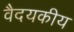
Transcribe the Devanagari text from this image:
वैदयकीय